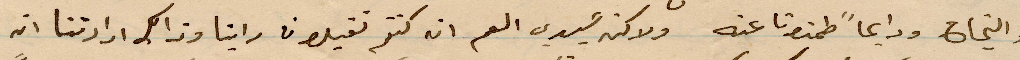
والنجاح ودايمًا طمنونا عنه ولأنه سيدي العم انه كنتم تقبلون راينا وذلك ارادتنا ان